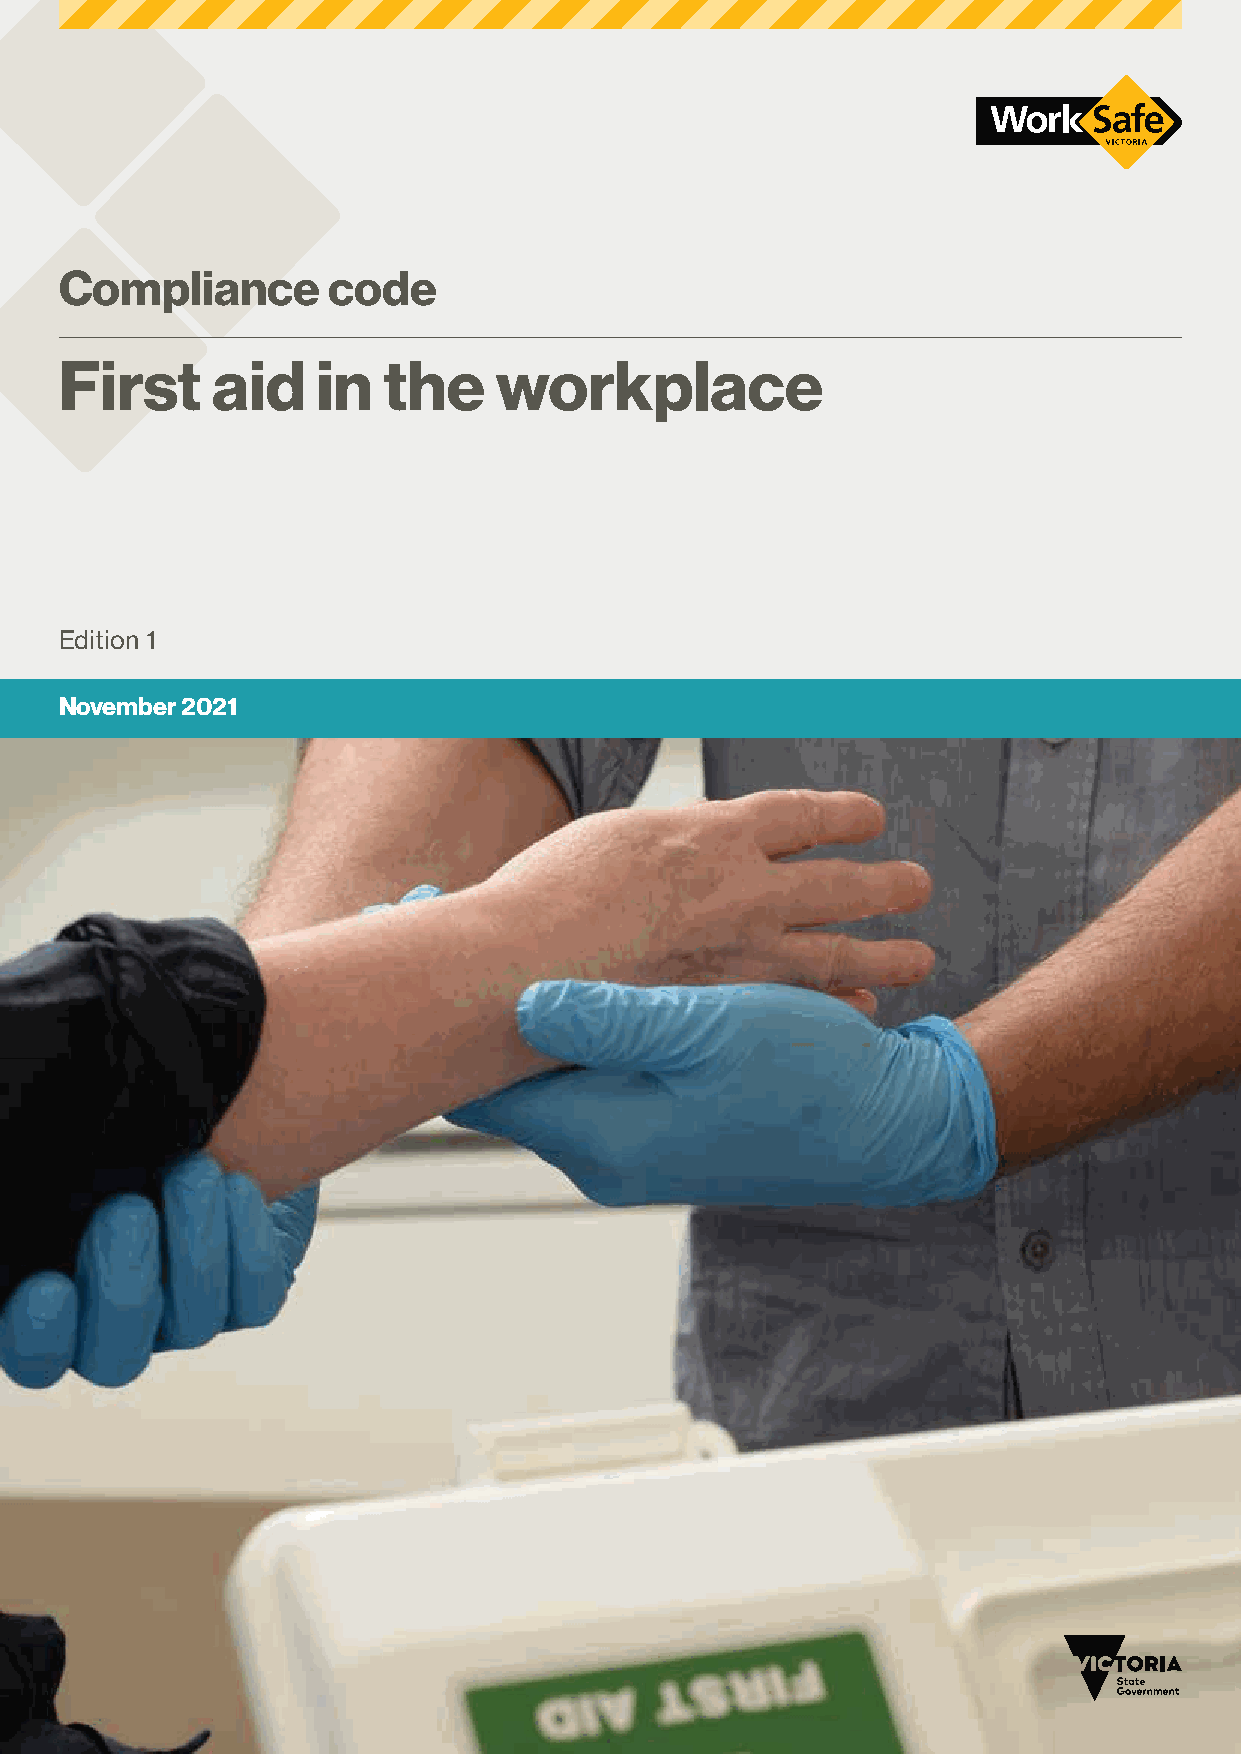
Compliance        code
 First     aid    in  the     workplace
 Edition 1
 November 2021